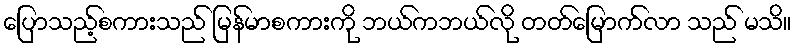
ပြောသည့်စကားသည် မြန်မာစကားကို ဘယ်ကဘယ်လို တတ်မြောက်လာ သည် မသိ။